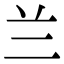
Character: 兰